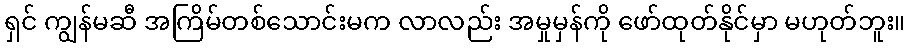
ရှင် ကျွန်မဆီ အကြိမ်တစ်သောင်းမက လာလည်း အမှုမှန်ကို ဖော်ထုတ်နိုင်မှာ မဟုတ်ဘူး။